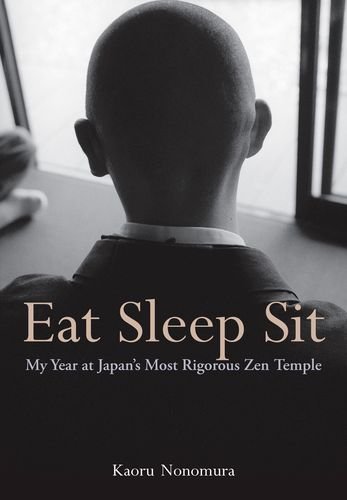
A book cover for Eat Sleep Sit: My Year at Japan's Most Rigorous Zen Temple; Kaoru Nonomura; Biographies & Memoirs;